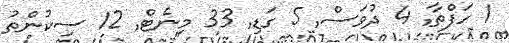
1 ހަފްތާ